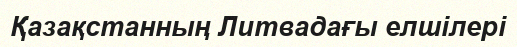
Қазақстанның Литвадағы елшілері